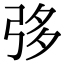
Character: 𢏜